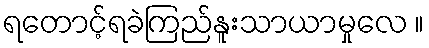
ရတောင့်ရခဲကြည်နူးသာယာမှုလေ ။